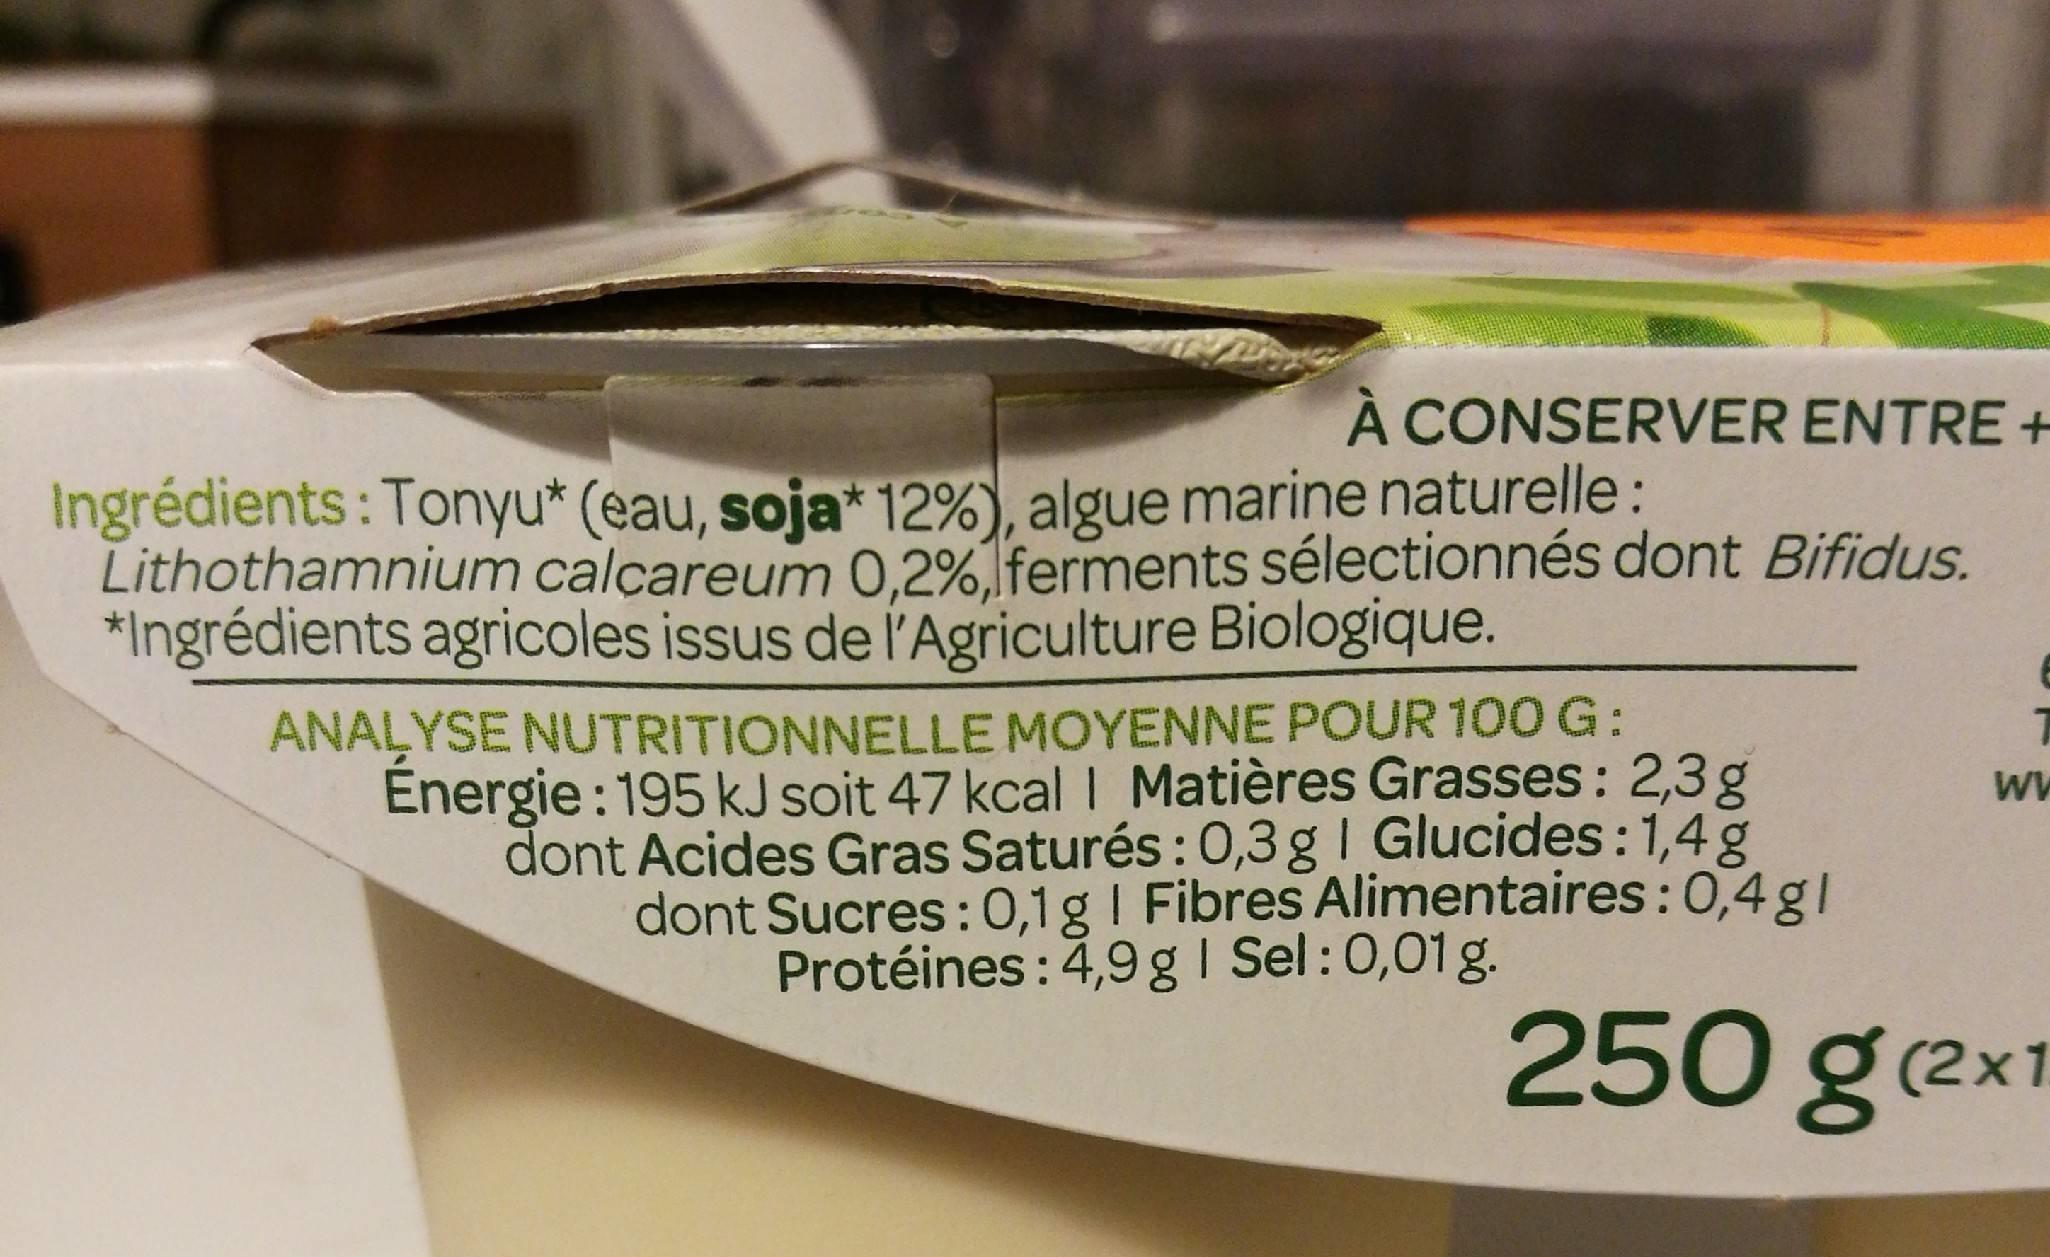
À CONSERVER ENTRE +
Ingrédients: Tonyu* (eau, soja* 12%), algue marine naturelle: Lithothamnium calcareum 0,2%, ferments sélectionnés dont Bifidus. *Ingrédients agricoles issus de l'Agriculture Biologique.
ANALYSE NUTRITIONNELLE MOYENNE POUR 100 G: Énergie: 195 kJ soit 47 kcal I Matières Grasses: 2,3 g dont Acides Gras Saturés: 0,3g | Glucides: 1,4g dont Sucres : 0,1 g | Fibres Alimentaires : 0,4 gl Protéines: 4,9g | Sel: 0,01 g.
T
WW
250 g (2x1